Insane asylums in Bengal annual reports 1867-1875 - 1867-1875
Year: 1867
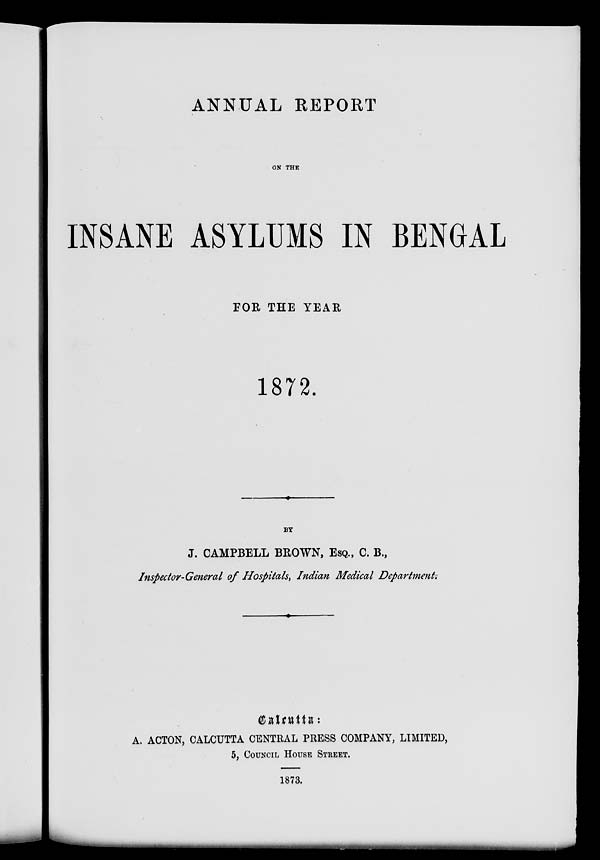
ANNUAL REPORT
ON THE
INSANE ASYLUMS IN BENGAL
FOR THE YEAR
1872.
BY
J. CAMPBELL BROWN, ESQ., C. B.,
Inspector-General of Hospitals, Indian Medical Department.
Calcutta :
A. ACTON, CALCUTTA CENTRAL PRESS COMPANY, LIMITED,
5, COUNCIL HOUSE STREET.
1873.